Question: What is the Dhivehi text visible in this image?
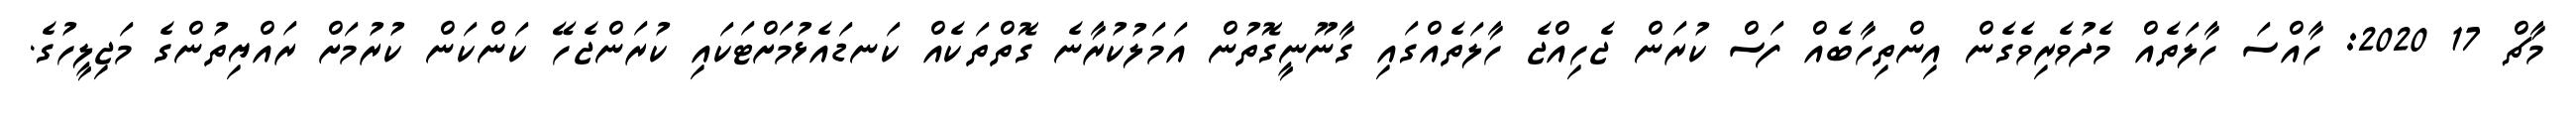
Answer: މާޗް 17 2020: ހާއްސަ ހާލަތެއް މެދުވެރިވެގެން އިންތިހާބެއް ފަސް ކުރަން ޖެހިއްޖެ ހާލަތެއްގައި ގާނޫނީގޮތުން އަމަލުކުރާނެ ގޮތްތަކެއް ކަނޑައެޅުމަށްޓަކައި ކުރަންޖެހޭ ކަންކަން ކުރުމަށް ރައްޔިތުންގެ މަޖިލީހުގެ.